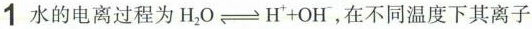
1水的电离过程为$$H _ { 2 } O \underset { } { \overset { } { \rightleftharpoons } } H ^ { + } + O H ^ { - }$$，在不同温度下其离子